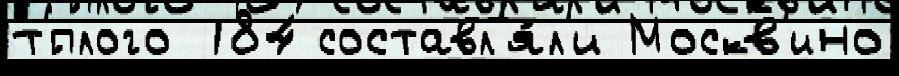
т'́плого 184 составл'я́л'и Москв'ино